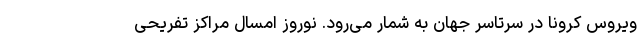
ویروس کرونا در سرتاسر جهان به شمار می‌رود. نوروز امسال مراکز تفریحی